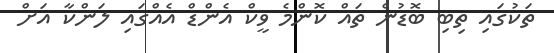
ތަކުގައި ތިބި ބޮޑުން ތައް ކޮންމެ ވީކް އެންޑް އެއްގައި ލަންކާ އަށް